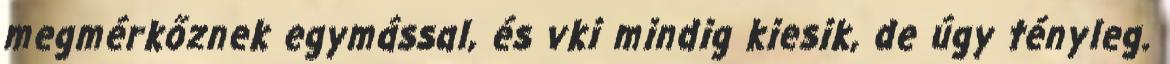
megmérkőznek egymással, és vki mindig kiesik, de úgy tényleg.